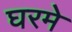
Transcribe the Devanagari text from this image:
घरमे